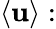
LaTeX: \langle\mathbf{u}\rangle: